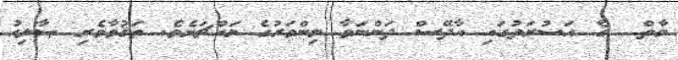
މާތް  ގެ ޙަޟުރަތުގައި އާދޭސް ދަންނަވާ މިންވަރުގެ މައްޗަށެވެ. ތަޤުވާވެރި ޞާލިޙު